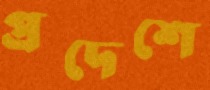
প্রদেশে